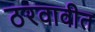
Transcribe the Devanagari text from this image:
ठरवावीत